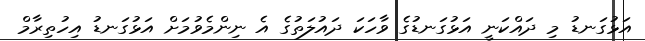
އަޅުގަނޑު މި ދައްކަނީ އަޅުގަނޑުގެ ވާހަކަ ދައުލަތުގެ އެ ނިންމެވުމަށް އަޅުގަނޑު އިހުތިރާމް